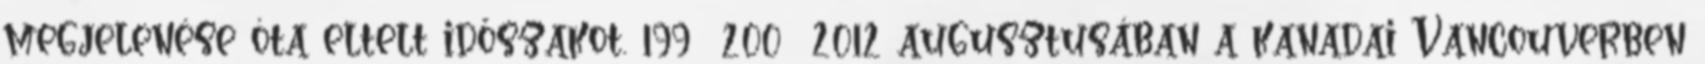
megjelenése óta eltelt időszakot. 199 200 2012 augusztusában a kanadai Vancouverben